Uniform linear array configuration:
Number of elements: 48
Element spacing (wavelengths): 0.25
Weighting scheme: hann
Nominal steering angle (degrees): -60
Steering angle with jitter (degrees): -58.995
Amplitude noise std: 0.05
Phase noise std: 0.05

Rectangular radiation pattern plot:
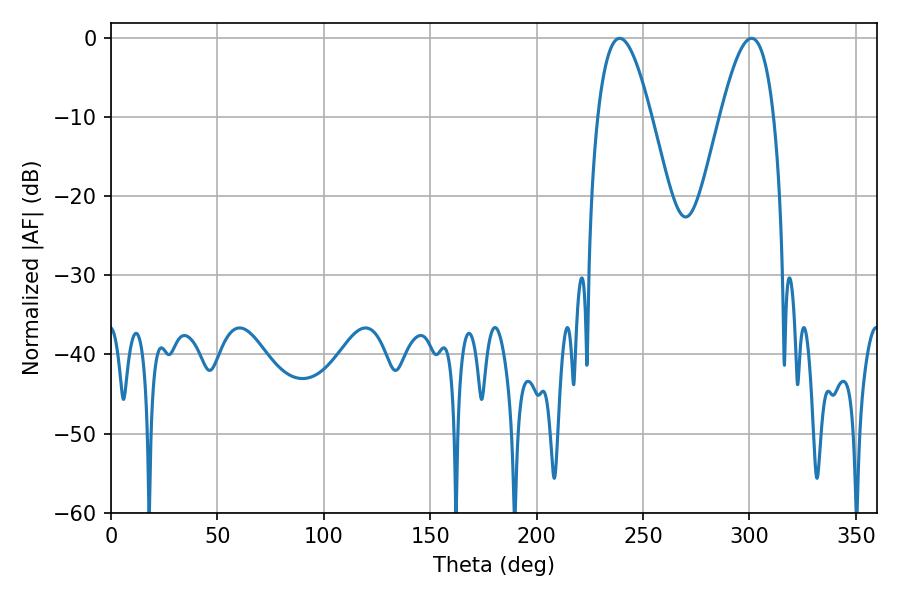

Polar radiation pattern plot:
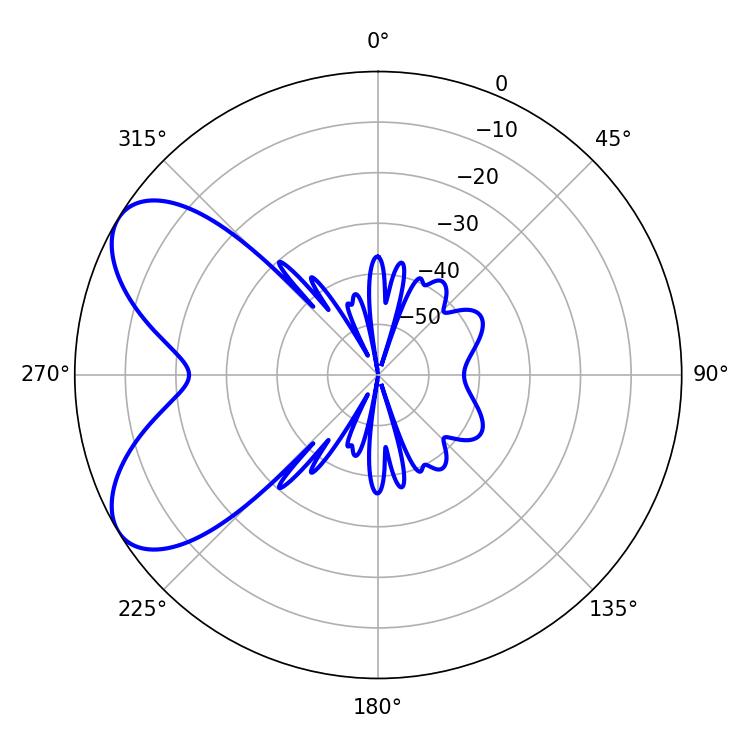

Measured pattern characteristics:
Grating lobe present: FALSE
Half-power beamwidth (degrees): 13.68
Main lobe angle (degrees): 239.04